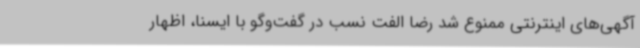
آگهی‌های اینترنتی ممنوع شد رضا الفت نسب در گفت‌وگو با ایسنا، اظهار